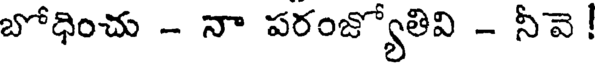
బోధించు - నా పరంజ్యోతివి - నీవె !